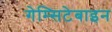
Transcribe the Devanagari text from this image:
गेम्सिटेबाइन